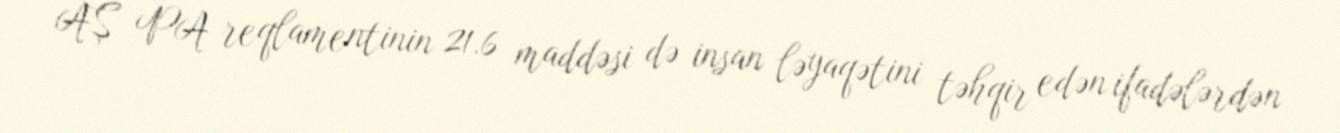
AŞ PA reqlamentinin 21.6 maddəsi də insan ləyaqətini təhqir edən ifadələrdən